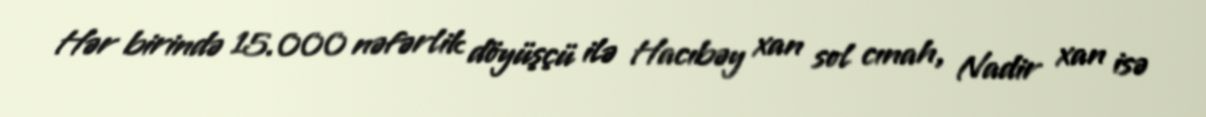
Hər birində 15.000 nəfərlik döyüşçü ilə Hacıbəy xan sol cınah, Nadir xan isə